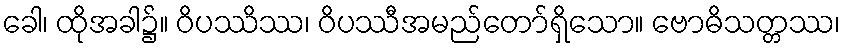
ခေါ၊ ထိုအခါ၌။ ဝိပဿိဿ၊ ဝိပဿီအမည်တော်ရှိသော။ ဗောဓိသတ္တဿ၊